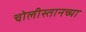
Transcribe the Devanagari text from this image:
चोलीस्तानच्या